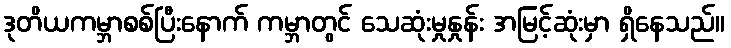
ဒုတိယကမ္ဘာစစ်ပြီးနောက် ကမ္ဘာတွင် သေဆုံးမှုနှုန်း အမြင့်ဆုံးမှာ ရှိနေသည်။